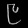
Digit: ၉